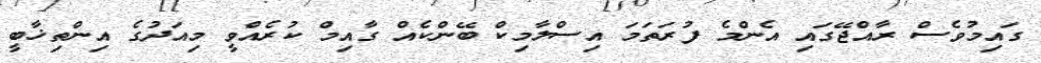
ގައިމުވެސް ރާއްޖޭގައި އެންމެ ފުރަތަމަ އިސްލާމިކް ބޭންކެއް ގާއިމް ކުރެއްވީ މިއަދުގެ އިންތިޚާބީ